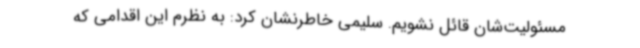
مسئولیت‌شان قائل نشویم. سلیمی خاطرنشان کرد: به نظرم این اقدامی که